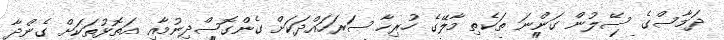
ދަމާސްގެ ސޭލުން ގަންނަ ތަކެތި މާލޭގެ ހުރިހާ ސަރަހައްދަކަށް ގެންގޮސްދިނުމާއި އަތޮޅުތަކަށް ގެންދާ